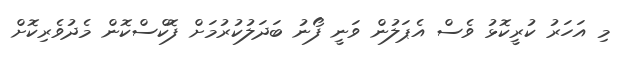
މި އަހަރު ކުރީކޮޅު ވެސް އެޕަލުން ވަނީ ފޯނު ބަދަލުކުރުމަށް ފޮކްސްކޮން މެދުވެރިކޮށް